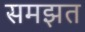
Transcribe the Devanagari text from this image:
समझत